Report on sanitation, dispensaries, and jails in Rajputana for 1918, and on vaccination for the year 1918-1919 - 1918-1919
Year: 1918
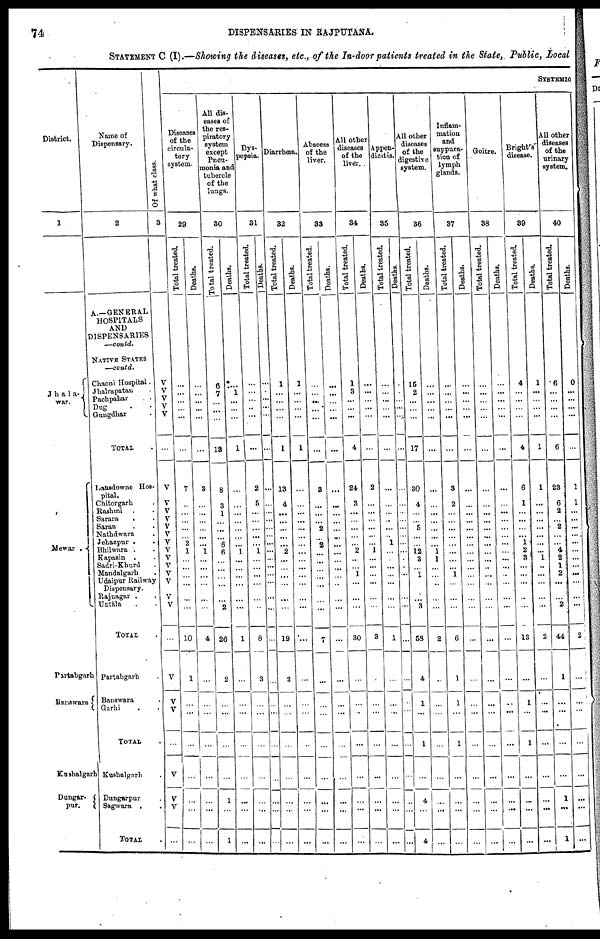
74
DISPENSARIES IN RAJPUTANA
STATEMENT C (I).—Showing the diseases, etc., of the In-door patients trea
District.
1
Jhala¬
war.
Mewar .
Partabgarh
Banswara
Kushalgarh
Dungar¬
pur.
Name of
Dispensary.
2
A.—GENERAL
HOSPITALS
AND
DISPENSARIES
—contd.
NATTVE STATES
—contd.
Chaoni Hospital.
Jhalrapatau .
Pachpahar . .
Dug . .
Gungdhar .
TOTAL .
Lansdowne Hos-
pital.
Chitorgarh .
Rashmi . .
Sarara . .
Saran . .
Nathdwara .
Jehazpur . .
Bhilwara . .
Kapasin . .
Sadri-Khurd .
Mandalgarh .
Udaipur Railway
Dispensary.
Rajnagar . .
Untala . .
TOTAL .
Partabgarh .
Banswara .
Garhi . .
TOTAL .
Kushalgarh .
Dungarpur .
Sagwara . .
TOTAL .
Of what class.
3
V
V
V
V
V
...
V
V
V
V
V
V
V
V
V
V
V
V
V
V
...
V
V
V
...
V
V
V
...
SYSTEMIC
Diseases
of the
circula-
tory
system.
29
Total treated.
...
...
...
...
...
...
7
...
...
...
...
...
2
1
...
...
...
...
...
...
10
1
...
...
...
...
...
...
...
Deaths.
...
...
...
...
...
...
3
...
...
...
...
...
...
1
...
...
...
...
...
...
4
...
...
...
...
...
...
...
...
All dis-
eases of
the res-
piratory
system
except
Pneu-
monia and
tubercle
of the
lungs.
30
Total treated.
6
7
...
...
...
13
8
3
1
...
...
...
6
6
...
...
...
...
...
2
26
2
...
...
...
...
1
...
1
Deaths.
...
1
...
...
...
1
...
...
...
...
...
...
...
1
...
...
...
...
...
...
1
...
...
...
...
...
...
...
...
Dys-
pepsia.
31
Total treated.
...
...
...
...
...
...
2
5
...
...
...
...
...
1
...
...
...
...
...
...
8
3
...
...
...
...
...
...
...
Deaths.
...
...
...
...
...
...
...
...
...
...
...
...
...
...
...
...
...
...
...
...
...
...
...
...
...
...
...
...
...
Diarrhœa.
32
Total treated.
1
...
...
...
...
1
13
4
...
...
...
...
...
2
...
...
...
...
...
...
19
2
...
...
...
...
...
...
...
Deaths.
1
...
...
...
...
1
...
...
...
...
...
...
...
...
...
...
...
...
...
...
...
...
...
...
...
...
...
...
...
Abscess
of the
liver.
33
Total treated.
...
...
...
...
...
...
3
...
...
...
2
...
2
...
...
...
...
...
...
...
7
...
...
...
...
...
...
...
...
Deaths.
...
...
...
...
...
...
...
...
...
...
...
...
...
...
...
...
...
...
...
...
...
...
...
...
...
...
...
...
...
All other
diseases
of the
liver.
34
Total treated.
1
3
...
...
...
4
24
3
...
...
...
...
...
2
...
...
1
...
...
...
30
...
...
...
...
...
...
...
...
Deaths.
...
...
...
...
...
...
2
...
...
...
...
...
...
1
...
...
...
...
...
...
3
...
...
...
...
...
...
...
...
Appen-
dicitis.
35
Total treated.
...
...
...
...
...
...
...
...
...
...
...
...
1
...
...
...
...
...
...
...
1
...
...
...
...
...
...
...
...
Deaths.
...
...
...
...
...
...
...
...
...
...
...
...
...
...
...
...
...
...
...
...
...
...
...
...
...
...
...
...
...
All other
diseases
of the
digestive
system.
36
Total treated.
15
2
...
...
...
17
30
4
...
...
5
...
...
12
3
...
1
...
...
3
53
4
1
...
1
...
4
...
4
Deaths.
...
...
...
...
...
...
...
...
...
...
...
...
...
1
1
...
...
...
...
...
2
...
...
...
...
...
...
...
...
Inflam-
mation
and
suppura-
tion of
lymph
glands.
37
Total treated.
...
...
...
...
...
...
3
2
...
...
...
...
...
...
...
...
1
...
...
...
6
1
1
...
1
...
...
...
...
Deaths.
...
...
...
...
...
...
...
...
...
...
...
...
...
...
...
...
...
...
...
...
...
...
...
...
...
...
...
...
...
Goitre.
38
Total treated.
...
...
...
...
...
...
...
...
...
...
...
...
...
...
...
...
...
...
...
...
...
...
...
...
...
...
...
...
...
Deaths.
...
...
...
...
...
...
...
...
...
...
...
...
...
...
...
...
...
...
...
...
...
...
...
...
...
...
...
...
...
Bright's
disease.
39
Total treated.
4
...
...
...
...
4
6
1
...
...
...
...
1
2
3
...
...
...
...
...
13
...
1
...
1
...
...
...
...
Deaths.
1
...
...
...
...
1
1
...
...
...
...
...
...
...
1
...
...
...
...
...
2
...
...
...
...
...
...
...
...
All other
diseases
of the
urinary
system.
40
Total treated.
6
...
...
...
...
6
23
6
2
...
2
...
...
4
2
1
2
...
...
2
44
1
...
...
...
...
1
...
1
Deaths.
0
...
...
...
...
...
1
1
...
...
...
...
...
...
...
...
...
...
...
...
2
...
...
...
...
...
...
...
...